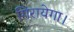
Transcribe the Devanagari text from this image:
गिरायेगा।